Indian journal of veterinary science and animal husbandry - Volume 12,
Year: 1942
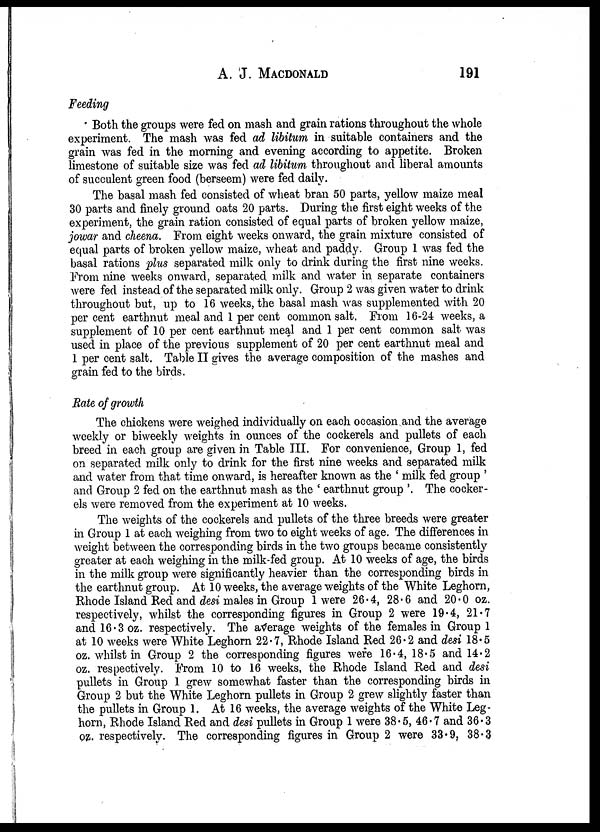
A. J. MACDONALD 191
Feeding
Both the groups were fed on mash and grain rations throughout the whole
experiment. The mash was fed ad libitum in suitable containers and the
grain was fed in the morning and evening according to appetite. Broken
limestone of suitable size was fed ad libitum throughout and liberal amounts
of succulent green food (berseem) were fed daily.
The basal mash fed consisted of wheat bran 50 parts, yellow maize meal
30 parts and finely ground oats 20 parts. During the first eight weeks of the
experiment, the grain ration consisted of equal parts of broken yellow maize,
jowar and cheena. From eight weeks onward, the grain mixture consisted of
equal parts of broken yellow maize, wheat and paddy. Group 1 was fed the
basal rations plus separated milk only to drink during the first nine weeks.
From nine weeks onward, separated milk and water in separate containers
were fed instead of the separated milk only. Group 2 was given water to drink
throughout but, up to 16 weeks, the basal mash was supplemented with 20
per cent earthnut meal and 1 per cent common salt. From 16-24 weeks, a
supplement of 10 per cent earthnut meal and 1 per cent common salt was
used in place of the previous supplement of 20 per cent earthnut meal and
1 per cent salt. Table II gives the average composition of the mashes and
grain fed to the birds.
Rate of growth
The chickens were weighed individually on each occasion and the average
weekly or biweekly weights in ounces of the cockerels and pullets of each
breed in each group are given in Table III. For convenience, Group 1, fed
on separated milk only to drink for the first nine weeks and separated milk
and water from that time onward, is hereafter known as the ' milk fed group '
and Group 2 fed on the earthnut mash as the ' earthnut group '. The cocker-
els were removed from the experiment at 10 weeks.
The weights of the cockerels and pullets of the three breeds were greater
in Group 1 at each weighing from two to eight weeks of age. The differences in
weight between the corresponding birds in the two groups became consistently
greater at each weighing in the milk-fed group. At 10 weeks of age, the birds
in the milk group were significantly heavier than the corresponding birds in
the earthnut group. At 10 weeks, the average weights of the White Leghorn,
Rhode Island Red and desi males in Group 1 were 26 . 4, 28.6 and 20.0 oz.
respectively, whilst the corresponding figures in Group 2 were 19.4, 21.7
and 16.3 oz. respectively. The average weights of the females in Group 1
at 10 weeks were White Leghorn 22.7, Rhode Island Red 26.2 and desi 18.5
oz. whilst in Group 2 the corresponding figures were 16.4, 18. 5 and 14.2
oz. respectively. From 10 to 16 weeks, the Rhode Island Red and desi
pullets in Group 1 grew somewhat faster than the corresponding birds in
Group 2 but the White Leghorn pullets in Group 2 grew slightly faster than
the pullets in Group 1. At 16 weeks, the average weights of the White Leg-
horn, Rhode Island Red and desi pullets in Group 1 were 38.5, 46.7 and 36.3
oz. respectively. The corresponding figures in Group 2 were 33.9, 38. 3